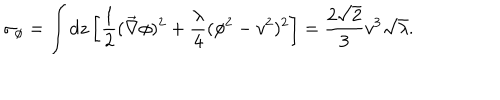
\sigma _ { \phi } = \int d z \left[ \frac { 1 } { 2 } ( \vec { \nabla } \phi ) ^ { 2 } + \frac { \lambda } { 4 } ( \phi ^ { 2 } - v ^ { 2 } ) ^ { 2 } \right] = \frac { 2 \sqrt { 2 } } { 3 } v ^ { 3 } \sqrt { \lambda } .